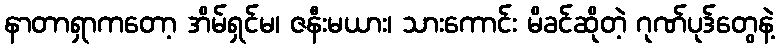
နာတာရှာကတော့ အိမ်ရှင်မ၊ ဇနီးမယား၊ သားကောင်း မိခင်ဆိုတဲ့ ဂုဏ်ပုဒ်တွေနဲ့